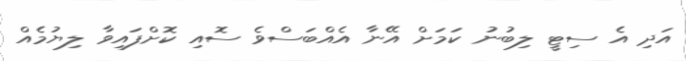
އަދި އެ ސިޓީ ލިބުނު ކަމަށް އޭނާ އެއްބަސްވެ ސޮއި ކޮށްފައިވާ ލިޔުމެއް